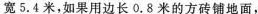
宽5.4米，如果用边长0.8米的方砖铺地面，